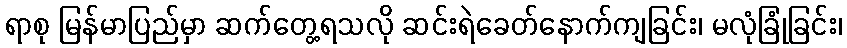
ရာစု မြန်မာပြည်မှာ ဆက်တွေ့ရသလို ဆင်းရဲခေတ်နောက်ကျခြင်း၊ မလုံခြုံခြင်း၊